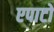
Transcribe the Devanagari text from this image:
एपाटो